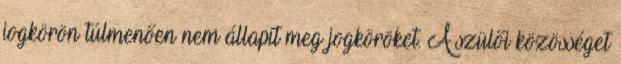
jogkörön túlmenően nem állapít meg jogköröket. A szülői közösséget